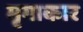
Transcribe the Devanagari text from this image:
मृगाकार